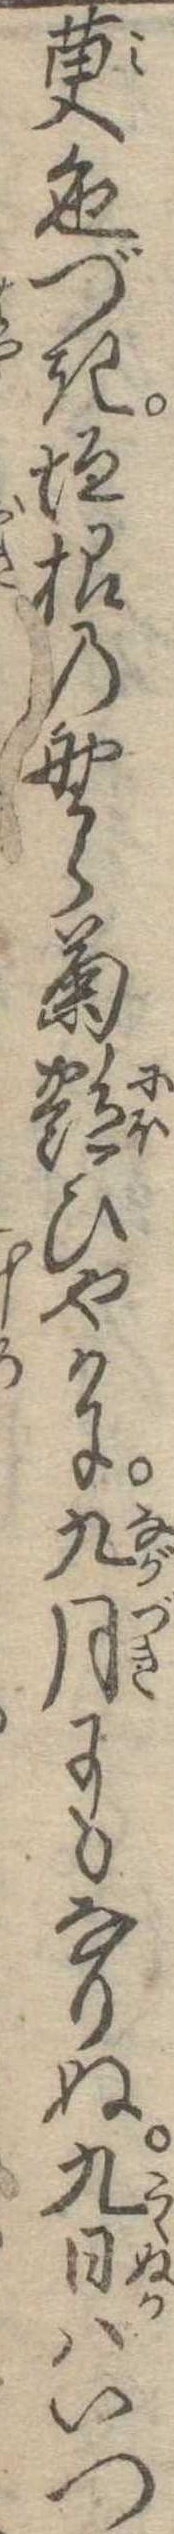
萸色づき垣根の野ら菊艶ひやかに九月にもなりぬ九日はいつ